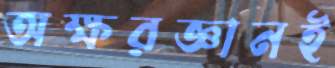
অক্ষরজ্ঞানই